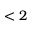
< 2